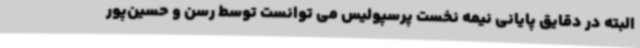
البته در دقایق پایانی نیمه نخست پرسپولیس می توانست توسط رسن و حسین‌پور